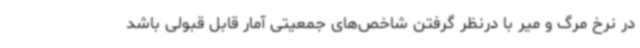
در نرخ مرگ و میر با درنظر گرفتن شاخص‌های جمعیتی آمار قابل قبولی باشد